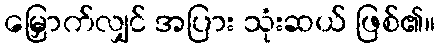
မြှောက်လျှင် အပြား သုံးဆယ် ဖြစ်၏။